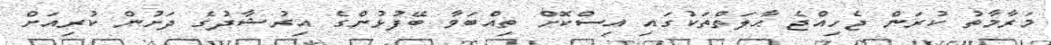
މަރާމާތު ކުރަން ޖެހިއްޖެ ޙާލަތްތަކުގައި އިސްކޮށް ތިއްބަވާ ބޭފުޅުންގެ އިރުޝާދުގެ ދަށުން ކުރިއަށް